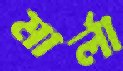
মার্লা